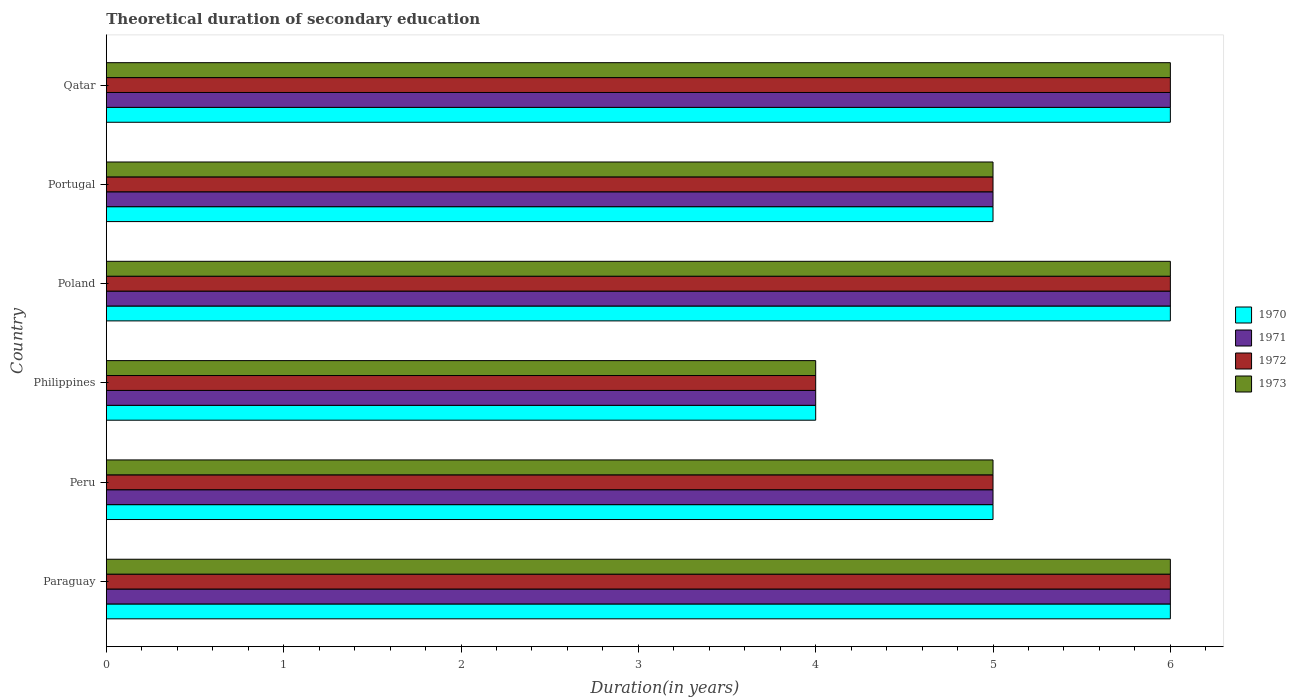
| Country | 1970 | 1971 | 1972 | 1973 |
 | --- | --- | --- | --- | --- |
 | Paraguay | 6 | 6 | 6 | 6 |
 | Peru | 5 | 5 | 5 | 5 |
 | Philippines | 4 | 4 | 4 | 4 |
 | Poland | 6 | 6 | 6 | 6 |
 | Portugal | 5 | 5 | 5 | 5 |
 | Qatar | 6 | 6 | 6 | 6 |